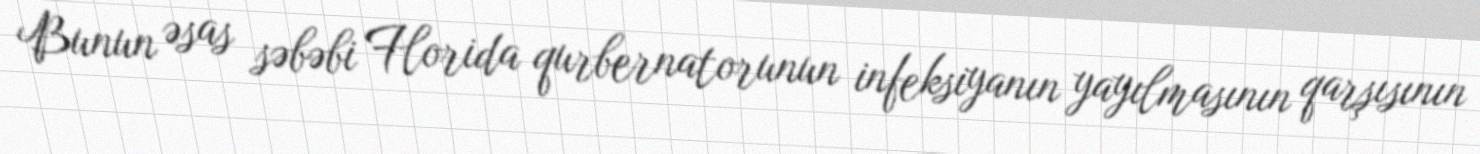
Bunun əsas səbəbi Florida qurbernatorunun infeksiyanın yayılmasının qarşısının